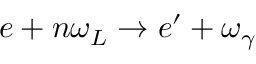
e + n \omega _ { L } \rightarrow e ^ { \prime } + \omega _ { \gamma }